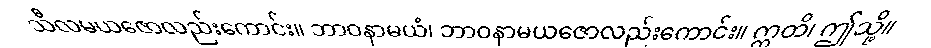
သီလမယဇောလည်းကောင်း။ ဘာဝနာမယံ၊ ဘာဝနာမယဇောလည်းကောင်း။ ဣတိ၊ ဤသို့။